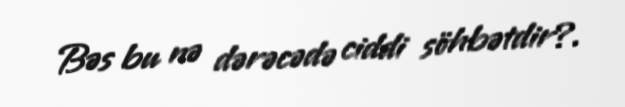
Bəs bu nə dərəcədə ciddi söhbətdir?.